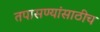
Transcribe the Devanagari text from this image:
तपासण्यांसाठीच